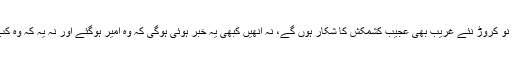
اس سے تقریباً ساڑھے نو کروڑ نئے غریب بھی عجیب کشمکش کا شکار ہوں گے، نہ انھیں کبھی یہ خبر ہوئی ہوگی کہ وہ امیر ہوگئے اور نہ یہ کہ وہ کب دوبارہ غریب ہوگئے۔